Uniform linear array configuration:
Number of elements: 4
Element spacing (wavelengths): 0.25
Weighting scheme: uniform
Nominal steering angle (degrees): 45
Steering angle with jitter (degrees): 44.152
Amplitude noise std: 0.05
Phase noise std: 0.05

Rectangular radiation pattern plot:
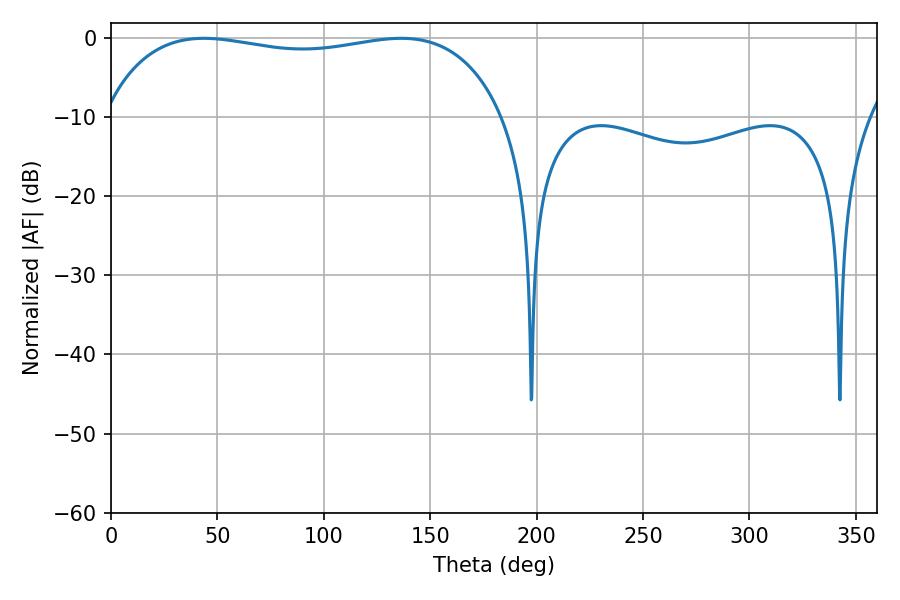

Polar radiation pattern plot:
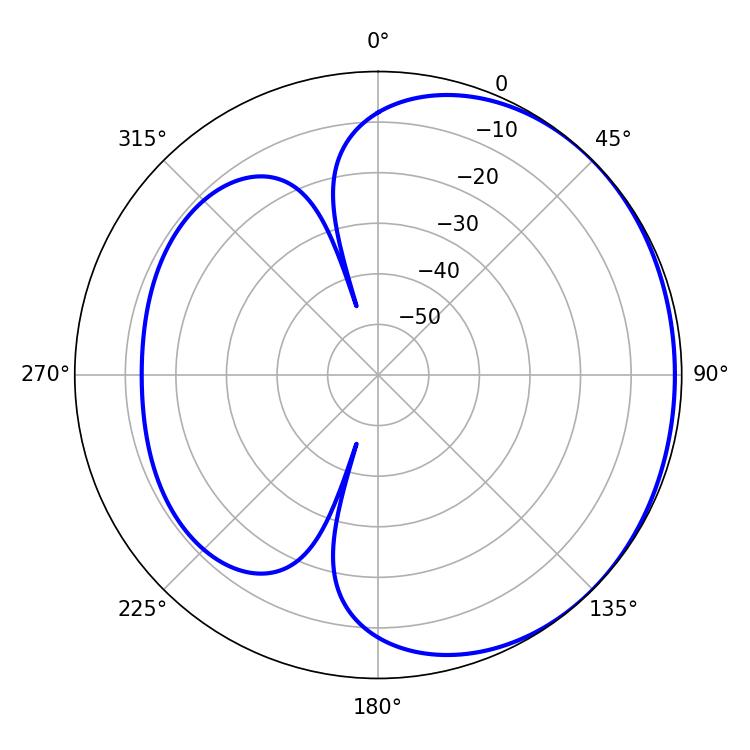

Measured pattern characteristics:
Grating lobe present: FALSE
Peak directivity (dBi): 1.065
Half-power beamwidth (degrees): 152.28
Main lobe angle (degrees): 43.56